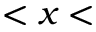
< x <